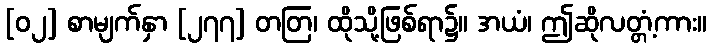
[၀၂] စာမျက်နှာ [၂၇၇] တတြ၊ ထိုသို့ဖြစ်ရာ၌။ အယံ၊ ဤဆိုလတ္တံ့ကား။